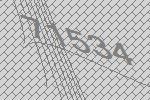
71534